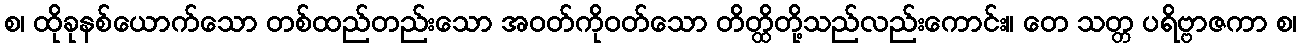
စ၊ ထိုခုနစ်ယောက်သော တစ်ထည်တည်းသော အဝတ်ကိုဝတ်သော တိတ္ထိတို့သည်လည်းကောင်း။ တေ သတ္တ ပရိဗ္ဗာဇကာ စ၊